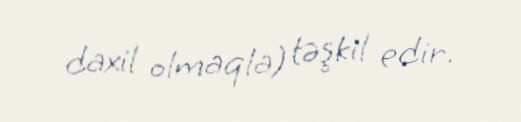
daxil olmaqla) təşkil edir.